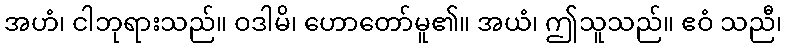
အဟံ၊ ငါဘုရားသည်။ ဝဒါမိ၊ ဟောတော်မူ၏။ အယံ၊ ဤသူသည်။ ဧဝံ သညီ၊